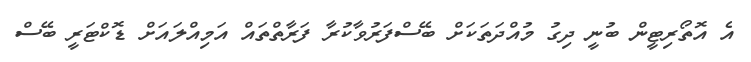
އެ އޮތޯރިޓީން ބުނީ ދިގު މުއްދަތަކަށް ބޭސްފަރުވާކުރާ ފަރާތްތައް އަމިއްލައަށް ޑޮކްޓަރީ ބޭސް